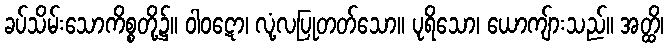
ခပ်သိမ်းသောကိစ္စတို့၌။ ဝါဝဋော၊ လုံ့လပြုတတ်သော။ ပုရိသော၊ ယောကျ်ားသည်။ အတ္ထိ၊